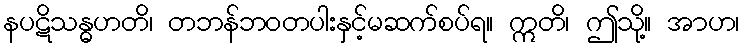
နပဋိသန္ဓဟတိ၊ တဘန်ဘဝတပါးနှင့်မဆက်စပ်ရ။ ဣတိ၊ ဤသို့။ အာဟ၊